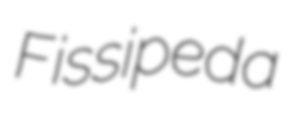
Fissipeda